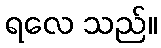
ရလေ သည်။